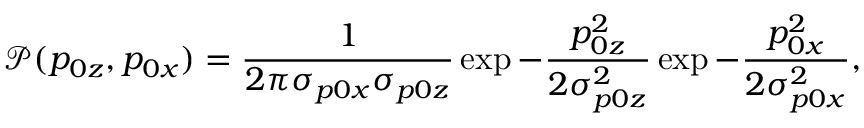
\mathcal { P } ( p _ { 0 z } , p _ { 0 x } ) = \frac { 1 } { 2 \pi \sigma _ { p 0 x } \sigma _ { p 0 z } } \exp { - \frac { p _ { 0 z } ^ { 2 } } { 2 \sigma _ { p 0 z } ^ { 2 } } } \exp { - \frac { p _ { 0 x } ^ { 2 } } { 2 \sigma _ { p 0 x } ^ { 2 } } } ,